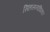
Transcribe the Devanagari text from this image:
सिंहासनाधिकार